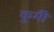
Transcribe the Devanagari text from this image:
कुर्मीै